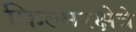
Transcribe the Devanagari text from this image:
फिल्मरक्षेत्रे